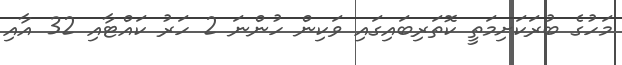
މަހުގެ ބުރަކަށިމަތީ ކޮތަރިބައިގައި ވަކިން ހުންނަ 2 ހަރު ކައްޓާއި 32 އާއި